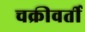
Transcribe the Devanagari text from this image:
चक्रीवर्ती